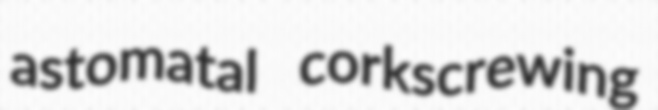
astomatal corkscrewing